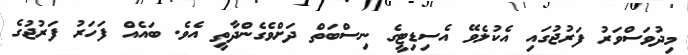
މިދުވަސްވަރު ފަރުޖުގައި އެކުލެވޭ އެސިޑިޓީގެ ނިސްބަތް ދަށްވެގެންދާތީ އެވެ. ބައެއް ފަހަރު ފަރުޖުގެ